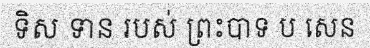
ទិស ទាន របស់ ព្រះបាទ ប សេន